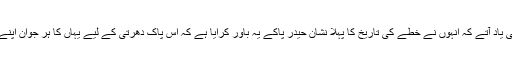
کم سے کم اس بد دماغ جنرل کو اپنا لالک جان ہی یاد آتے کہ انہوں نے خطے کی تاریخ کا پہلا نشانِ حیدر پاکے یہ باور کرایا ہے کہ اس پاک دھرتی کے لیے یہاں کا ہر جوان اپنے خون کے آخری قطرے تک بہانے کو تیار ہے۔